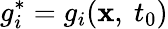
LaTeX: g_{i}^{*}=g_{i}(\mathbf{x},\ t_{0})